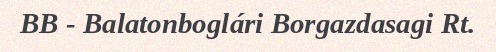
BB - Balatonboglári Borgazdasagi Rt.